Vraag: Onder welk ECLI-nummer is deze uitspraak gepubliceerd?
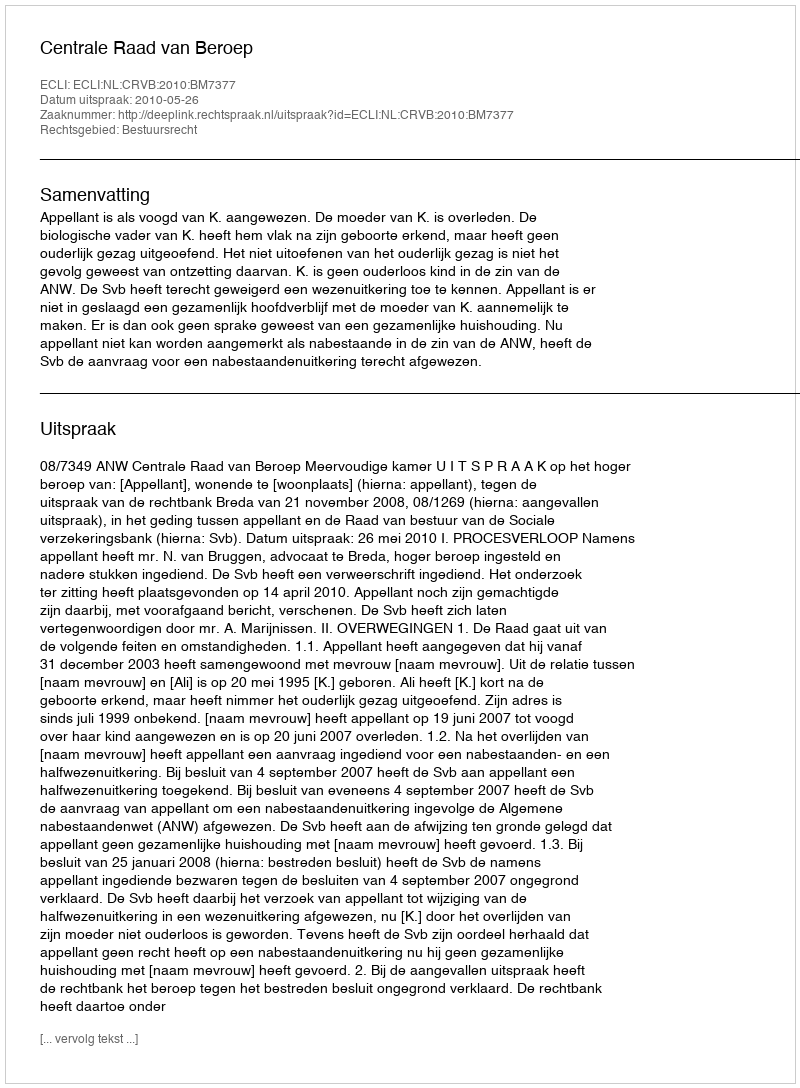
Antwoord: ECLI:NL:CRVB:2010:BM7377